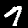
Label: 7